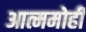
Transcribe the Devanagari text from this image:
आत्ममोही